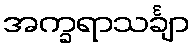
အက္ခရာသင်္ချာ